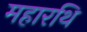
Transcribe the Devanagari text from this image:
महारथि